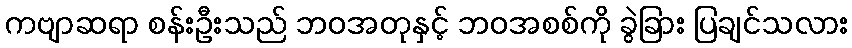
ကဗျာဆရာ စန်းဦးသည် ဘဝအတုနှင့် ဘဝအစစ်ကို ခွဲခြား ပြချင်သလား